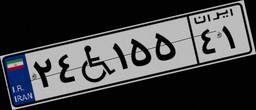
۲۴W۱۵۵۴۱